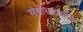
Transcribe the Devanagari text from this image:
संबोधावयाचे